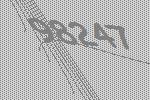
98247